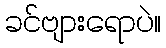
ခင်ဗျားရောပဲ။